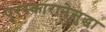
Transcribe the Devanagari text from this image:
पुरस्कारानेसुद्धा